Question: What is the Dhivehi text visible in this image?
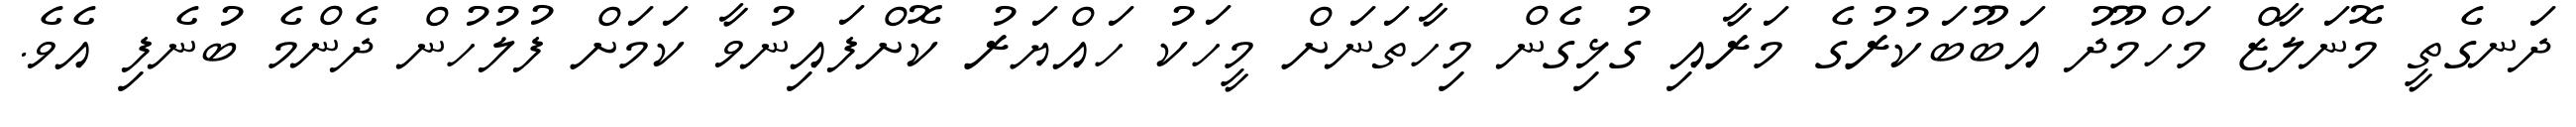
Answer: ދަނގެތީ މޮނަލާޒް މަހްމޫދު އަބޫބަކުރުގެ މަރާއި ގުޅިގެން މިހާތަނަށް މީހަކު ހައްޔަރު ކޮށްފައިނުވާ ކަމަށް ފުލުހުން ދެންމެ ބުނެފި އެވެ.